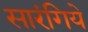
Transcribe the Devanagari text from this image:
सारंगिये